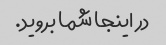
در اینجا شما بروید.